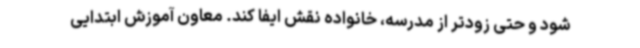
شود و حتی زودتر از مدرسه، خانواده نقش ایفا کند. معاون آموزش ابتدایی